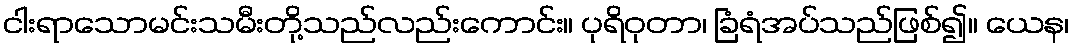
ငါးရာသောမင်းသမီးတို့သည်လည်းကောင်း။ ပုရိဝုတာ၊ ခြံရံအပ်သည်ဖြစ်၍။ ယေန၊